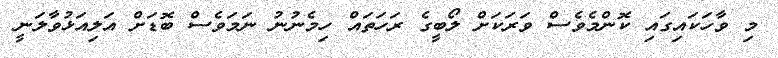
މި ވާހަކައިގައި ކޮންމެވެސް ވަރަކަށް ލޯބީގެ ރަހަތައް ހިމެނުނު ނަމަވެސް ބޮޑަށް އަލިއަޅުވާލަނީ